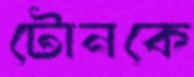
টোনকে